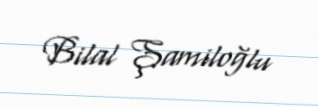
Bilal Şamiloğlu